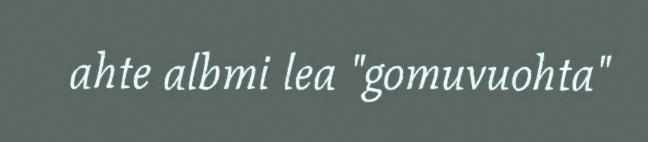
ahte albmi lea "gomuvuohta"